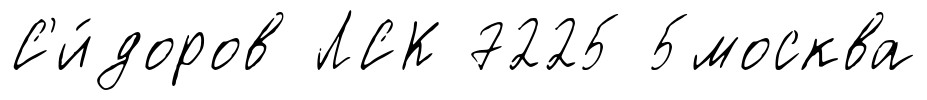
С'и́доров ЛСК 7225 5москва